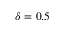
\delta = 0 . 5